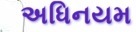
અધિનયમ